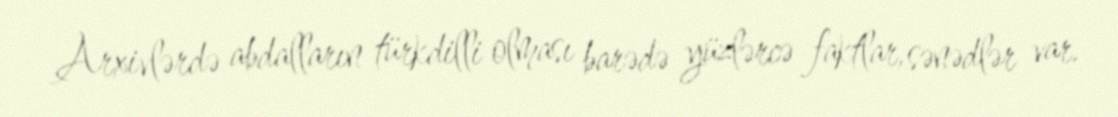
Arxivlərdə abdalların türkdilli olması barədə yüzlərcə faktlar, sənədlər var.